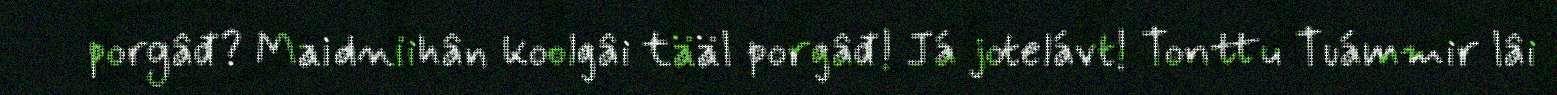
porgâđ? Maidniihân koolgâi tääl porgâđ! Já jotelávt! Tonttu Tuámmir lâi